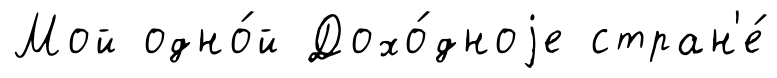
Мой одно́й Дохо́дноjе стран'е́